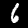
Label: 6